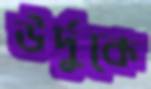
উর্দুকে